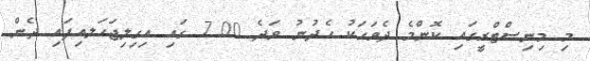
މި މިނިސްޓްރީގައި ކޮންމެ ދެވަހަކު ހެދުނު ވަދެ 7.00 ގައި އިގިލިޖަހަލއިފައި ދެން